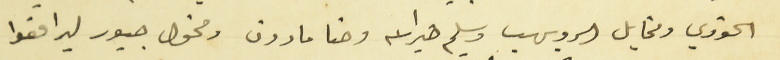
الخوري ومخايل الرويهب وسليم خيرالله وحنا مارون ومخول جبور ليرافعوا